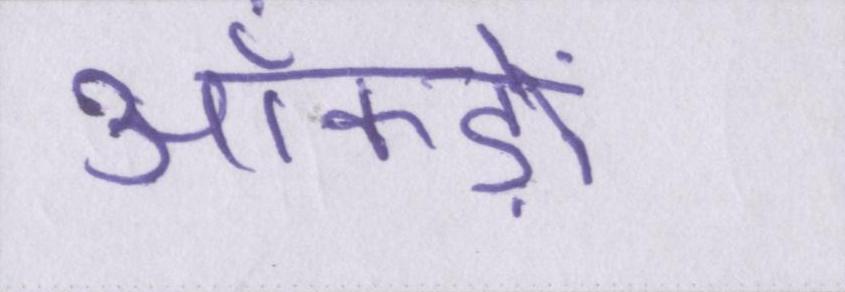
आँकड़ों